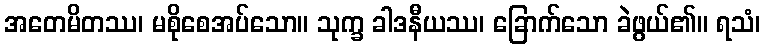
အတေမိတဿ၊ မစိုစေအပ်သော။ သုက္ခ ခါဒနီယဿ၊ ခြောက်သော ခဲဖွယ်၏။ ရသံ၊